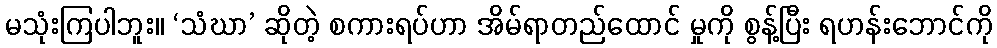
မသုံးကြပါဘူး။ ‘သံဃာ’ ဆိုတဲ့ စကားရပ်ဟာ အိမ်ရာတည်ထောင် မှုကို စွန့်ပြီး ရဟန်းဘောင်ကို